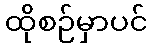
ထိုစဉ်မှာပင်